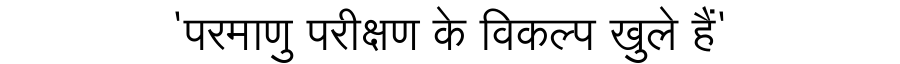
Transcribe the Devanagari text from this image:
'परमाणु परीक्षण के विकल्प खुले हैं'